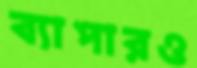
ব্যাপারও